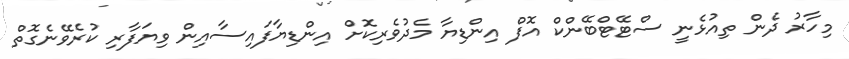
މިހާރު ދެން ތިއުޅެނީ ސްޓޭޓްބޭންކް އޮފް އިންޑިޔާ މެދުވެރިކޮށް އިންޑިޔާފައިސާއިން ވިޔަފާރި ކުރެވޭނެގޮތް